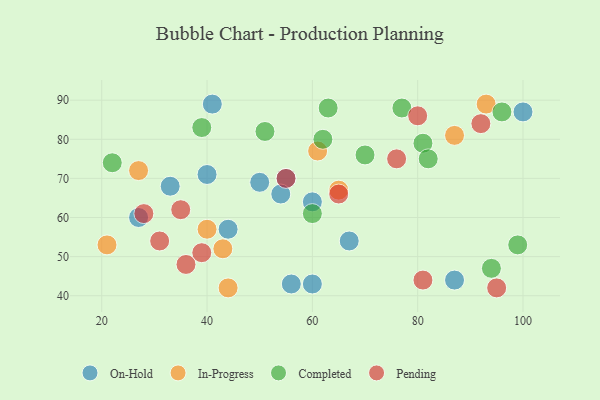
{"axis": {"x": "GDP", "y": "Life Expectancy"}, "legend": ["Completed", "In-Progress", "On-Hold", "Pending"], "data": [{"x": "27", "y": 60, "type": "On-Hold"}, {"x": "60", "y": 43, "type": "On-Hold"}, {"x": "56", "y": 43, "type": "On-Hold"}, {"x": "55", "y": 70, "type": "On-Hold"}, {"x": "100", "y": 87, "type": "On-Hold"}, {"x": "60", "y": 64, "type": "On-Hold"}, {"x": "67", "y": 54, "type": "On-Hold"}, {"x": "40", "y": 71, "type": "On-Hold"}, {"x": "33", "y": 68, "type": "On-Hold"}, {"x": "41", "y": 89, "type": "On-Hold"}, {"x": "87", "y": 44, "type": "On-Hold"}, {"x": "54", "y": 66, "type": "On-Hold"}, {"x": "50", "y": 69, "type": "On-Hold"}, {"x": "44", "y": 57, "type": "On-Hold"}, {"x": "61", "y": 77, "type": "In-Progress"}, {"x": "44", "y": 42, "type": "In-Progress"}, {"x": "40", "y": 57, "type": "In-Progress"}, {"x": "21", "y": 53, "type": "In-Progress"}, {"x": "43", "y": 52, "type": "In-Progress"}, {"x": "65", "y": 67, "type": "In-Progress"}, {"x": "27", "y": 72, "type": "In-Progress"}, {"x": "87", "y": 81, "type": "In-Progress"}, {"x": "93", "y": 89, "type": "In-Progress"}, {"x": "39", "y": 83, "type": "Completed"}, {"x": "94", "y": 47, "type": "Completed"}, {"x": "63", "y": 88, "type": "Completed"}, {"x": "81", "y": 79, "type": "Completed"}, {"x": "96", "y": 87, "type": "Completed"}, {"x": "62", "y": 80, "type": "Completed"}, {"x": "22", "y": 74, "type": "Completed"}, {"x": "70", "y": 76, "type": "Completed"}, {"x": "51", "y": 82, "type": "Completed"}, {"x": "60", "y": 61, "type": "Completed"}, {"x": "99", "y": 53, "type": "Completed"}, {"x": "82", "y": 75, "type": "Completed"}, {"x": "77", "y": 88, "type": "Completed"}, {"x": "35", "y": 62, "type": "Pending"}, {"x": "92", "y": 84, "type": "Pending"}, {"x": "95", "y": 42, "type": "Pending"}, {"x": "81", "y": 44, "type": "Pending"}, {"x": "76", "y": 75, "type": "Pending"}, {"x": "36", "y": 48, "type": "Pending"}, {"x": "28", "y": 61, "type": "Pending"}, {"x": "65", "y": 66, "type": "Pending"}, {"x": "55", "y": 70, "type": "Pending"}, {"x": "31", "y": 54, "type": "Pending"}, {"x": "80", "y": 86, "type": "Pending"}, {"x": "39", "y": 51, "type": "Pending"}]}